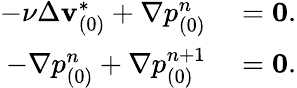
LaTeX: \begin{array}{rl}{-\nu\Delta\mathbf{v}_{(0)}^{*}+\nabla p_{(0)}^{n}}&{{}=\boldsymbol{0}.}\\ {-\nabla p_{(0)}^{n}+\nabla p_{(0)}^{n+1}}&{{}=\boldsymbol{0}.}\end{array}